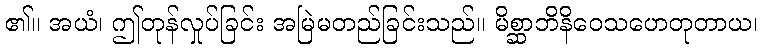
၏။ အယံ၊ ဤတုန်လှုပ်ခြင်း အမြဲမတည်ခြင်းသည်။ မိစ္ဆာဘိနိဝေသဟေတုတာယ၊